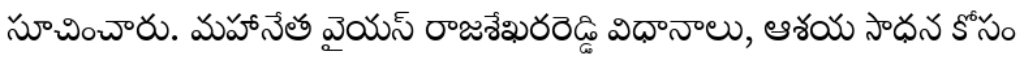
సూచించారు. మహానేత వైయస్ రాజశేఖరరెడ్డి విధానాలు, ఆశయ సాధన కోసం